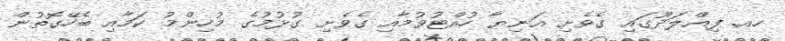
ހއ. ފިއްލަދޫގައި ގެވެށި އަނިޔާ ހުއްޓުވުމާއި ގެވެށި ގުޅުމުގެ މުހިންމު ކަމާއި ބެހޭގޮތުން